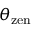
\theta _ { \mathrm { z e n } }